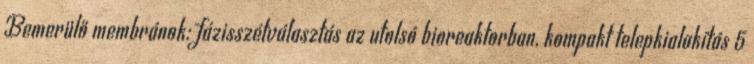
Bemerülő membránok: fázisszétválasztás az utolsó bioreaktorban, kompakt telepkialakítás 5